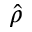
\hat { \rho }